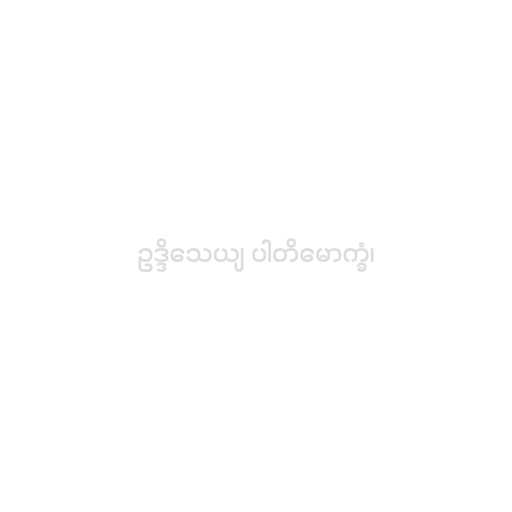
ဥဒ္ဒိသေယျ ပါတိမောက္ခံ၊